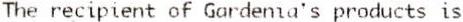
THE RECIPIENT OF GARDENIA'S PRODUCTS IS